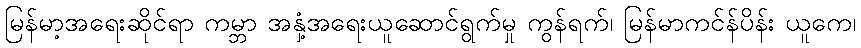
မြန်မာ့အရေးဆိုင်ရာ ကမ္ဘာ အနှံ့အရေးယူဆောင်ရွက်မှု ကွန်ရက်၊ မြန်မာကင်န်ပိန်း ယူကေ၊